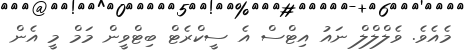
މެއެވެ. ވެލްލްލް ނައު އިޓްސް އެ ސީކްރެޓް ބިޓްވީން މަމް މީ އެން